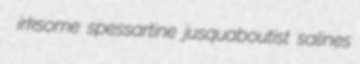
irksome spessartine jusquaboutist salines